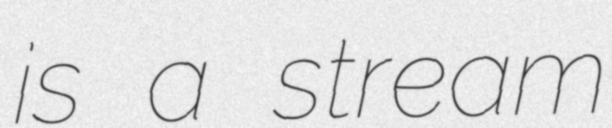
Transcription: is a stream